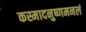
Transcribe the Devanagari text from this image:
कस्मादनुष्णमनलं